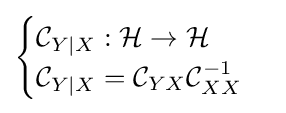
{\begin{cases}{\mathcal {C}}_{Y\mid X}:{\mathcal {H}}\to {\mathcal {H}}\\{\mathcal {C}}_{Y\mid X}={\mathcal {C}}_{YX}{\mathcal {C}}_{XX}^{-1}\end{cases}}